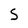
Character: S